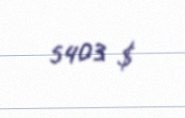
5403 $